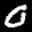
Label: 0